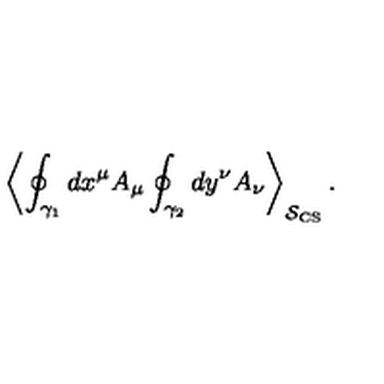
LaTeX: \left\langle \oint _ { \gamma _ { 1 } } d x ^ { \mu } A _ { \mu } \oint _ { \gamma _ { 2 } } d y ^ { \nu } A _ { \nu } \right\rangle _ { \mathcal { S } _ { \mathrm { C S } } } .